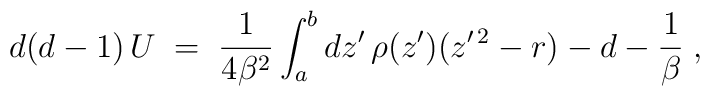
d(d-1)\,U\;=\;{1\over 4\beta^2}\int_a^b dz^\prime \, \rho(z^\prime)(z^{\prime\,2}-r)-d-{1\over\beta}\;,